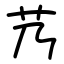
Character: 艿